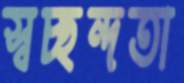
স্বচ্ছন্দতা